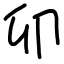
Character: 卯